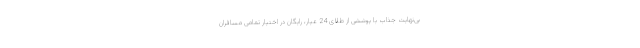
بی‌نهایت جذاب با پوششی از طلای 24 عیار، رایگان در اختیار تمامی مسافران